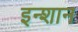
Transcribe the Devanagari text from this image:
इन्शान